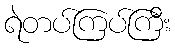
ရဲတပ်ကြပ်ကြီး